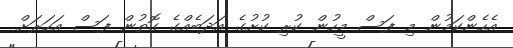
އެހެންކަމުން މި ފަސް މީހުން ކުރި ކުށުގެ އަދަބެއްގެ ގޮތުން ފަސް އަހަރަށް